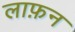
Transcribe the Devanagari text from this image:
लाफ़न